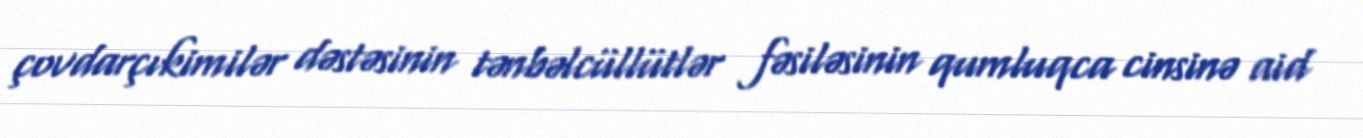
çovdarçıkimilər dəstəsinin tənbəlcüllütlər fəsiləsinin qumluqca cinsinə aid